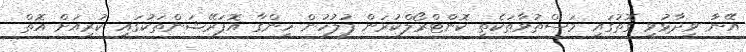
އޭނާ ވިދާޅުވި ގޮތުގައި މަސްތުވާތަކެތި ކޮންޓްރޯލްކުރަން ފުލުހުން ހިންގާ އޮޕަރޭޝަންތަކުގައި ކުރިއަށް އޮތް